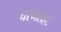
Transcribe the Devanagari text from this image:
चरमराहट